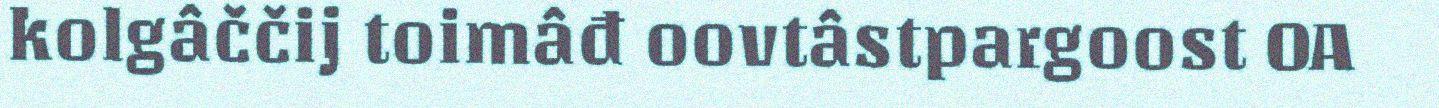
kolgâččij toimâđ oovtâstpargoost OA